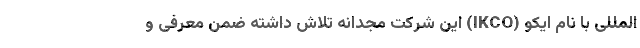
المللی با نام ایکو (IKCO) این شرکت مجدانه تلاش داشته ضمن معرفی و